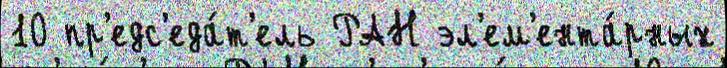
10 пр'едс'еда́т'ель РАН эл'ем'ента́рных